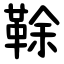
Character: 䩣